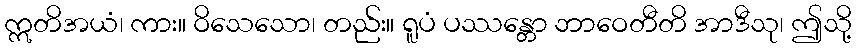
ဣတိအယံ၊ ကား။ ဝိသေသော၊ တည်း။ ရူပံ ပဿန္တော ဘာဝေတီတိ အာဒီသု၊ ဤသို့